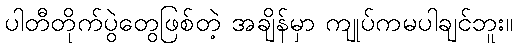
ပါတီတိုက်ပွဲတွေဖြစ်တဲ့ အချိန်မှာ ကျုပ်ကမပါချင်ဘူး။